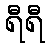
ရီရီ